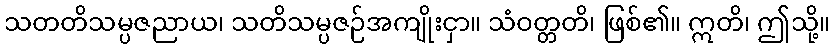
သတတိသမ္ပဇညာယ၊ သတိသမ္ပဇဉ်အကျိုးငှာ။ သံဝတ္တတိ၊ ဖြစ်၏။ ဣတိ၊ ဤသို့။